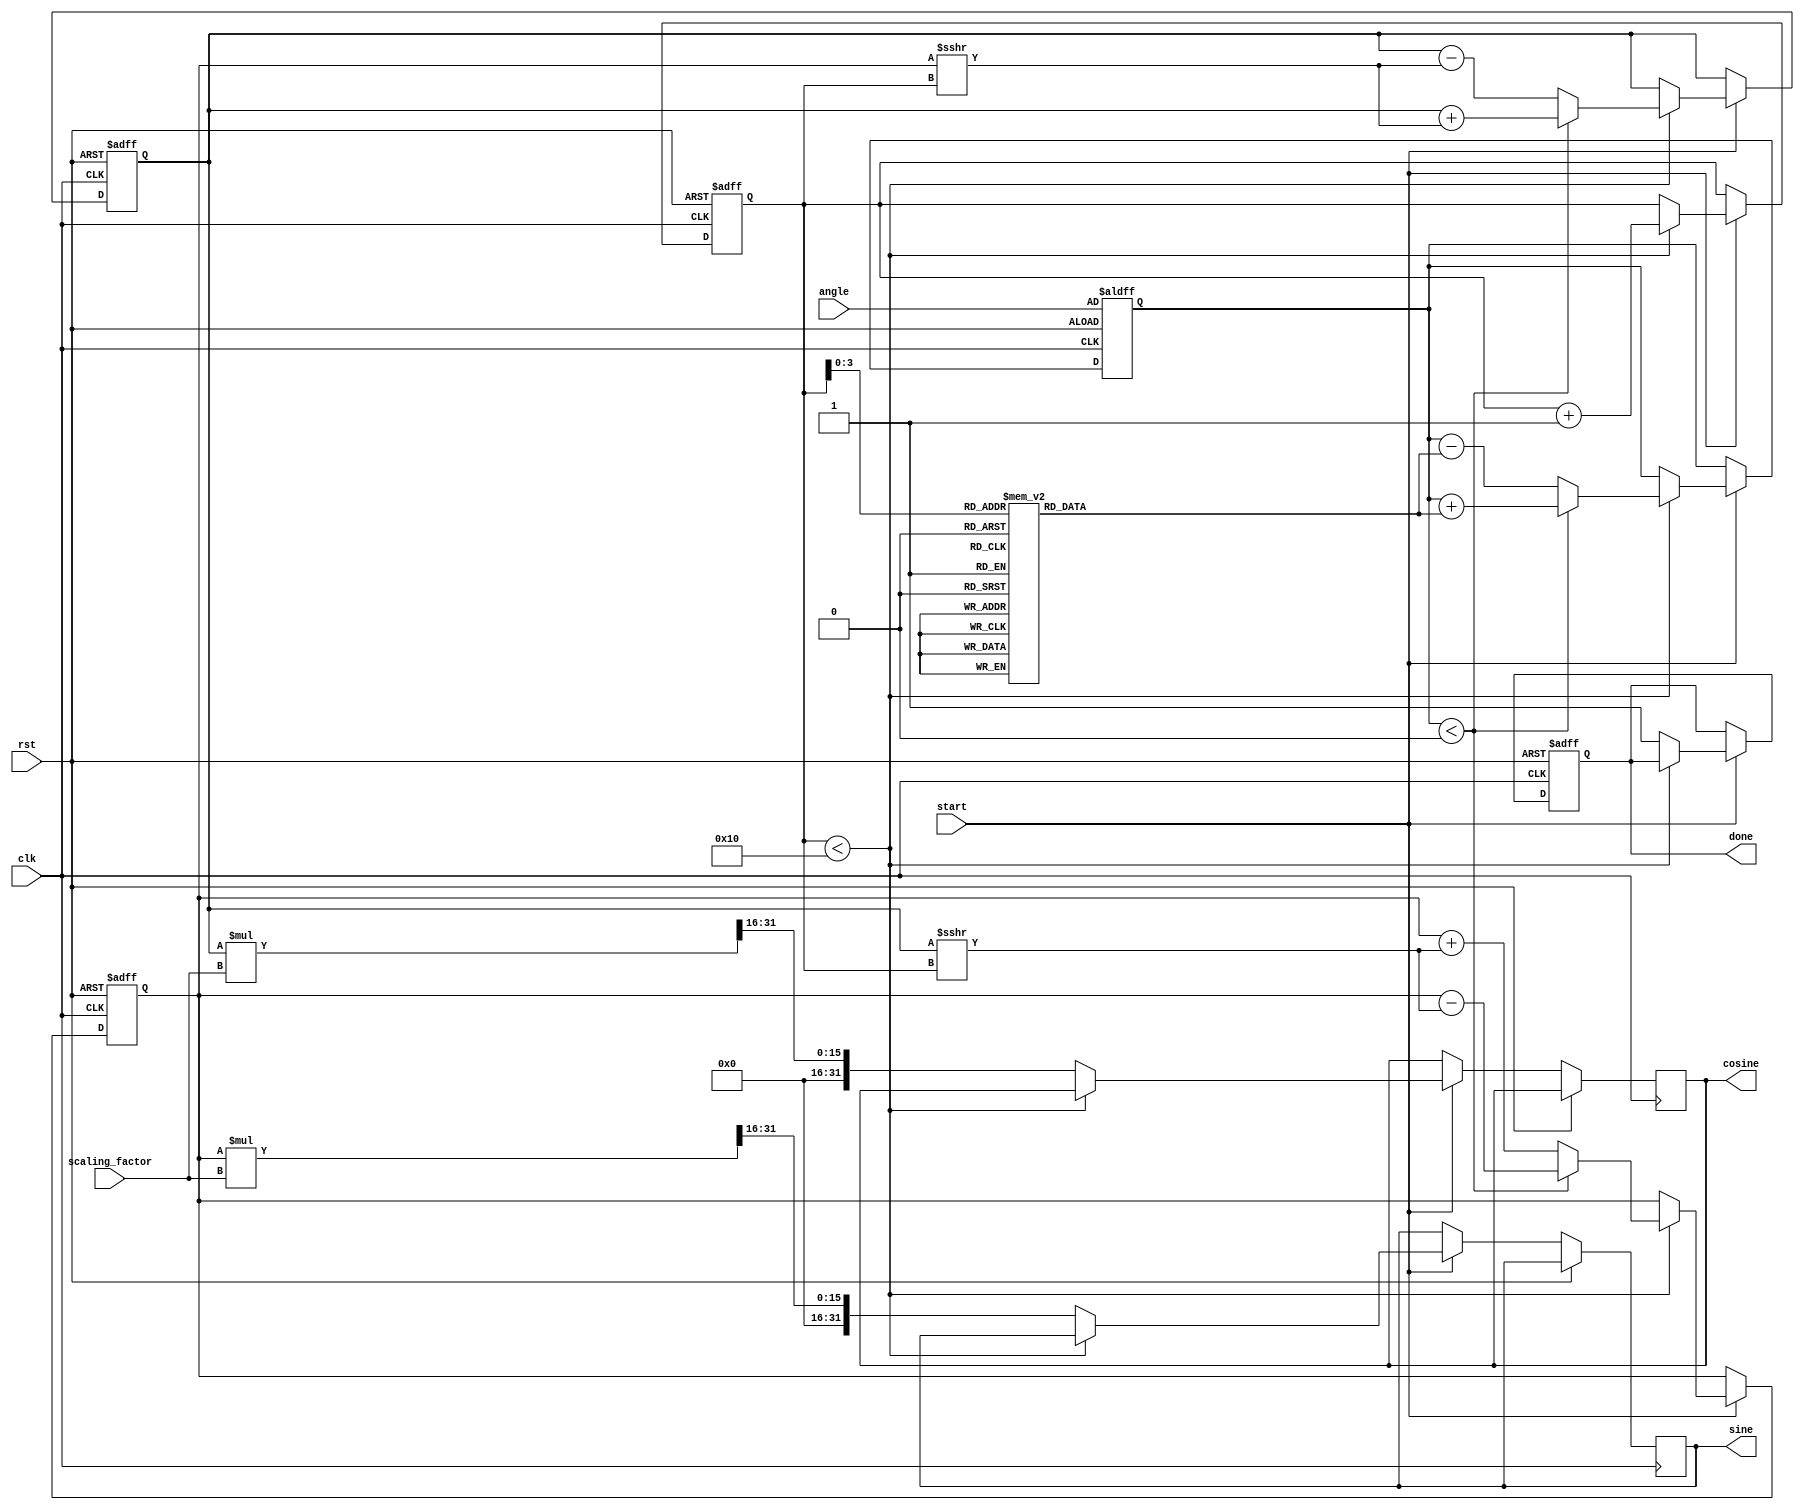
module cordic (
    input wire clk,
    input wire rst,
    input wire start,
    input wire [31:0] angle, // Input angle in fixed-point format
    input wire [31:0] scaling_factor, // Scaling factor
    output reg [31:0] sine, // Output sine value
    output reg [31:0] cosine, // Output cosine value
    output reg done // Done signal
);

    // Parameters
    parameter NUM_ITERATIONS = 16; // Number of CORDIC iterations
    parameter LUT_WIDTH = 32; // Width of LUT entries

    // Lookup tables for angles and scaling factors
    reg [LUT_WIDTH-1:0] angle_lut [0:NUM_ITERATIONS-1];
    reg [LUT_WIDTH-1:0] scaling_lut [0:NUM_ITERATIONS-1];

    // Internal registers
    reg [31:0] x, y, z; // x, y coordinates and angle
    reg [4:0] iteration; // Iteration counter
    reg [31:0] angle_temp; // Temporary angle for processing

    // Initialization of LUTs
    initial begin
        // Precomputed angles (in fixed-point format)
        angle_lut[0] = 32'h00000000; // atan(2^0)
        angle_lut[1] = 32'h0000003F; // atan(2^-1)
        angle_lut[2] = 32'h0000001A; // atan(2^-2)
        angle_lut[3] = 32'h0000000D; // atan(2^-3)
        angle_lut[4] = 32'h00000009; // atan(2^-4)
        angle_lut[5] = 32'h00000005; // atan(2^-5)
        angle_lut[6] = 32'h00000003; // atan(2^-6)
        angle_lut[7] = 32'h00000002; // atan(2^-7)
        angle_lut[8] = 32'h00000001; // atan(2^-8)
        angle_lut[9] = 32'h00000001; // atan(2^-9)
        angle_lut[10] = 32'h00000000; // atan(2^-10)
        angle_lut[11] = 32'h00000000; // atan(2^-11)
        angle_lut[12] = 32'h00000000; // atan(2^-12)
        angle_lut[13] = 32'h00000000; // atan(2^-13)
        angle_lut[14] = 32'h00000000; // atan(2^-14)
        angle_lut[15] = 32'h00000000; // atan(2^-15)

        // Precomputed scaling factors (in fixed-point format)
        scaling_lut[0] = 32'h00000001; // Scaling factor for iteration 0
        scaling_lut[1] = 32'h000000B5; // Scaling factor for iteration 1
        scaling_lut[2] = 32'h0000006A; // Scaling factor for iteration 2
        scaling_lut[3] = 32'h0000004B; // Scaling factor for iteration 3
        scaling_lut[4] = 32'h00000039; // Scaling factor for iteration 4
        scaling_lut[5] = 32'h0000002C; // Scaling factor for iteration 5
        scaling_lut[6] = 32'h0000001E; // Scaling factor for iteration 6
        scaling_lut[7] = 32'h00000014; // Scaling factor for iteration 7
        scaling_lut[8] = 32'h0000000A; // Scaling factor for iteration 8
        scaling_lut[9] = 32'h00000005; // Scaling factor for iteration 9
        scaling_lut[10] = 32'h00000003; // Scaling factor for iteration 10
        scaling_lut[11] = 32'h00000002; // Scaling factor for iteration 11
        scaling_lut[12] = 32'h00000001; // Scaling factor for iteration 12
        scaling_lut[13] = 32'h00000001; // Scaling factor for iteration 13
        scaling_lut[14] = 32'h00000000; // Scaling factor for iteration 14
        scaling_lut[15] = 32'h00000000; // Scaling factor for iteration 15
    end

    // CORDIC computation logic
    always @(posedge clk or posedge rst) begin
        if (rst) begin
            x <= 32'h00000001; // Initial x = 1
            y <= 32'h00000000; // Initial y = 0
            z <= angle; // Load input angle
            iteration <= 0; // Reset iteration counter
            done <= 0; // Reset done signal
        end else if (start) begin
            if (iteration < NUM_ITERATIONS) begin
                // Determine direction of rotation
                if (z < 0) begin
                    x <= x + (y >>> iteration); // Rotate clockwise
                    y <= y - (x >>> iteration);
                    z <= z + angle_lut[iteration];
                end else begin
                    x <= x - (y >>> iteration); // Rotate counterclockwise
                    y <= y + (x >>> iteration);
                    z <= z - angle_lut[iteration];
                end
                iteration <= iteration + 1; // Increment iteration counter
            end else begin
                // Final output scaling
                sine <= (y * scaling_factor) >>> 16; // Scale sine
                cosine <= (x * scaling_factor) >>> 16; // Scale cosine
                done <= 1; // Set done signal
            end
        end
    end
endmodule